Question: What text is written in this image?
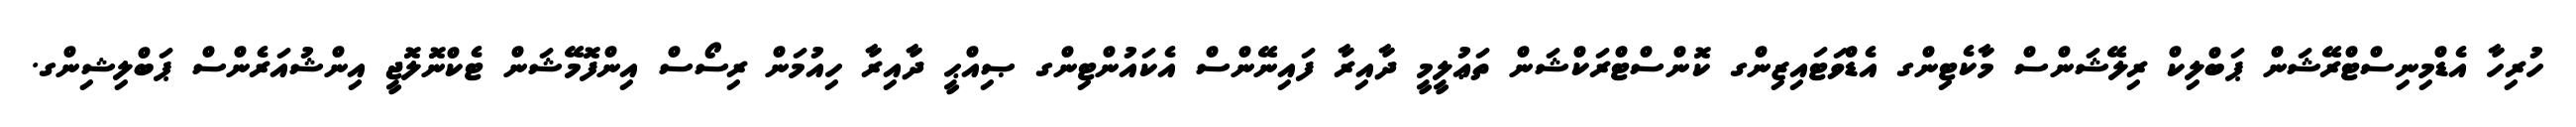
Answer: ހުރިހާ އެޑްމިނިސްޓްރޭޝަން ޕަބްލިކް ރިލޭޝަންސް މާކެޓިންގ އެޑްވަޓައިޒިންގ ކޮންސްޓްރަކްޝަން ތަޢުލީމީ ދާއިރާ ފައިނޭންސް އެކައުންޓިންގ ޞިއްޙީ ދާއިރާ ހިއުމަން ރިސޯސް އިންފޮމޭޝަން ޓެކްނޮލޮޖީ އިންޝުއަރެންސް ޕަބްލިޝިންގ.